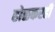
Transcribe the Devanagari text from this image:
होळकरही